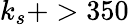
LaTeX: k_{s}+>350